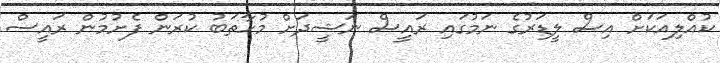
ކުއްލިއަކަށް އިސް ލީޑަރުގެ ނަމުގައި ރައީސް ނަޝީދަށް މުހާތަބު ކުރަން ފެށުމުން ރައީސް